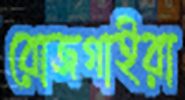
রোজগাইরা